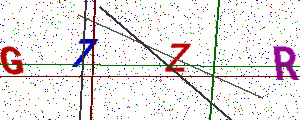
Text: G7ZR